Annual returns of the Patna Lunatic Asylum at Bankipore in Bihar and Orissa - 1912-1924
Year: 1912
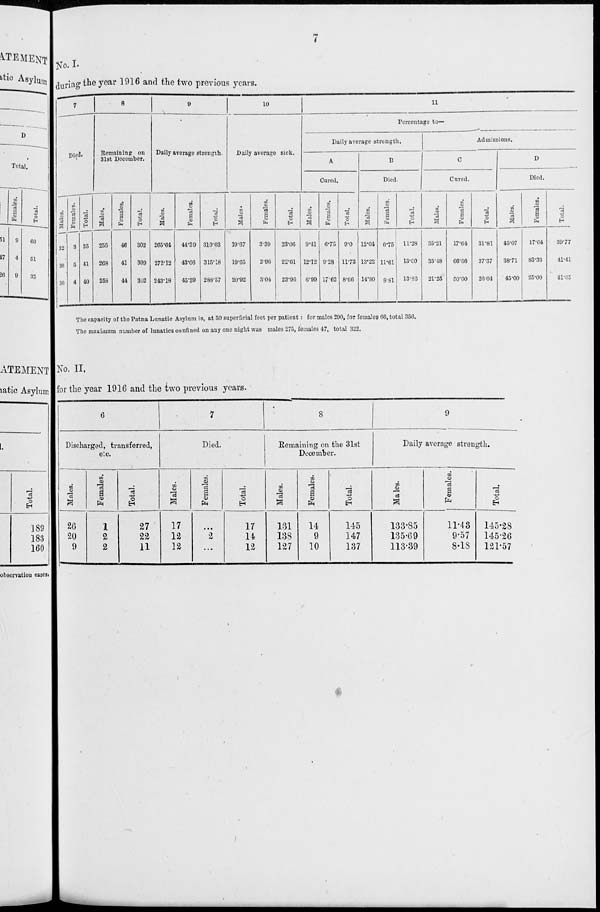
7
No. I.
during the year 1916 and the two previous years.
7
Died.
Males.
32
36
36
Females.
3
5
4
Total.
35
41
40
8
Remaining on
31st December.
Males.
256
268
258
Females.
46
41
44
Total.
302
309
302
9
Daily average strength.
Males.
265.64
272.12
243.18
Females.
44.39
43.06
45.39
Total.
310.03
315.18
288.57
10
Daily average sick.
Males.
19.67
19.65
20.92
Females.
3.39
2.96
3.04
Total.
23.06
22.61
23.96
11
Percentage to-
Daily average strength.
A
Cured.
Males.
9.41
12.12
6.99
Females.
6.75
9.28
17.62
Total.
9.0
11.73
8.66
B
Died.
Males.
12.04
13.22
14.80
Females.
6.75
11.61
8.81
Total.
11.28
13.00
13.83
Admissions.
C
Cured.
Males.
35.21
35.18
21.25
Females.
17.64
66.66
50.00
Total.
31.81
37.37
26.04
D
Died.
Males.
45.07
38.71
45.00
Females.
17.64
83.33
25.00
Total.
39.77
41.41
41.65
The capacity of the Patna Lunatic Asylum is, at 50 superficial feet per patient : for males 290, for females 66, total 356.
The maximum number of lunatics confined on any one night was males 275, females 47, total 322.
No. II.
for the year 1916 and the two previous years.
6
Discharged, transferred,
etc.
Males.
26
20
9
Females.
1
2
2
Total.
27
22
11
7
Died.
Males.
17
12
12
Females.
...
2
...
Total.
17
14
12
8
Remaining on the 31st
December.
Males.
131
138
127
Females.
14
9
10
Total.
145
147
137
9
Daily average strength.
Males.
133.85
135.69
113.39
Females.
11.43
9.57
8.18
Total.
145.28
145.26
121.57